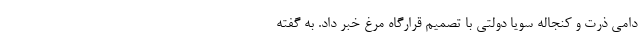
دامی ذرت و کنجاله سویا دولتی با تصمیم قرارگاه مرغ خبر داد. به گفته